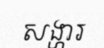
សង្ហារ